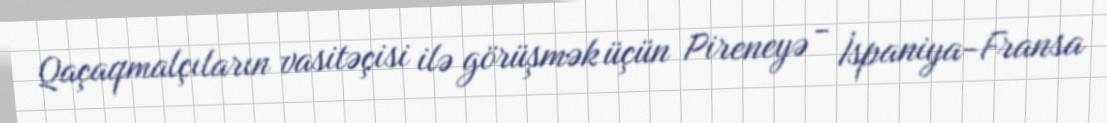
Qaçaqmalçıların vasitəçisi ilə görüşmək üçün Pireneyə - İspaniya-Fransa